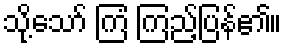
သို့သော် ကြံ ကြည့်ပြန်၏။